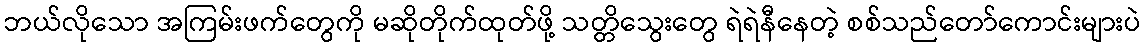
ဘယ်လိုသော အကြမ်းဖက်တွေကို မဆိုတိုက်ထုတ်ဖို့ သတ္တိသွေးတွေ ရဲရဲနီနေတဲ့ စစ်သည်တော်ကောင်းများပဲ